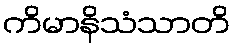
ကိမာနိသံသာတိ